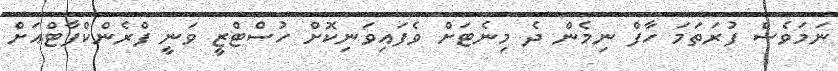
ނަމަވެސް ފުރަތަމަ ހާފް ނިމެން ދެ މިނެޓަށް ވެފައިވަނިކޮށް ހުސްޓްޒީ ވަނީ ފްރެންކްފާޓްއަށް